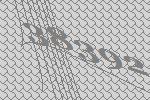
38392